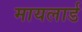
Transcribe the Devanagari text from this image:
मायलार्ड